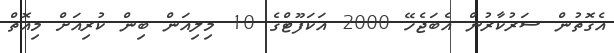
އެގޮތުން ސަރުކާރުން އެބަޖެހޭ 2000 އަކަފޫޓްގެ 10 މިލިއަން ބިން ކުރިއަށް މިއޮތް